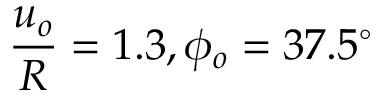
\frac { u _ { o } } { R } = 1 . 3 , \phi _ { o } = 3 7 . 5 ^ { \circ }